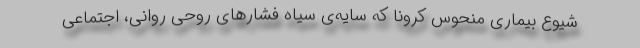
شیوع بیماری منحوس کرونا که سایه‌ی سیاهِ فشار‌های روحی روانی، اجتماعی